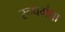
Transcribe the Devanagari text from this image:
रूपगंधा